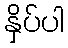
နှိပ်ပါ